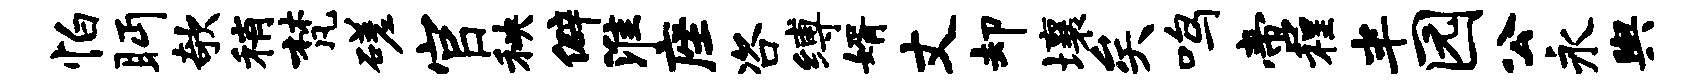
怕眄欹稍梵磋官秧僻淮座咨缚婿丈却壤矣鸣啻程半园公永舆